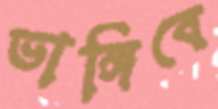
ভাঙ্গিবে